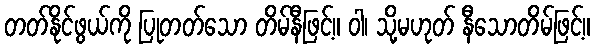
တတ်နိုင်ဖွယ်ကို ပြုတတ်သော တိမ်နီဖြင့်။ ဝါ၊ သို့မဟုတ် နီသောတိမ်ဖြင့်။